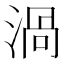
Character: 渦